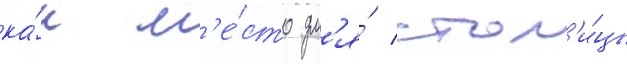
ка́к м'е́сто дл'я́ стол'и́цы